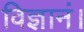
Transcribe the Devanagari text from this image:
विज्ञानं।